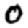
Digit: 0